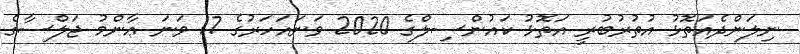
ނިލަންދެއަތޮޅު އުތުރުބުރީ އަތޮޅު ކައުންސިލްގެ 2020 ވަނައަހަރުގެ 17 ވަނަ ޢާންމު ޖަލްސާގެ